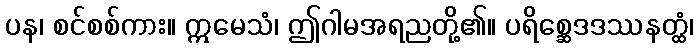
ပန၊ စင်စစ်ကား။ ဣမေသံ၊ ဤဂါမအရညတို့၏။ ပရိစ္ဆေဒဒဿနတ္ထံ၊